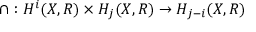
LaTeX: \cap : H ^ { i } ( X , R ) \times H _ { j } ( X , R ) \to H _ { j - i } ( X , R )